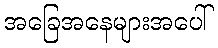
အခြေအနေများအပေါ်